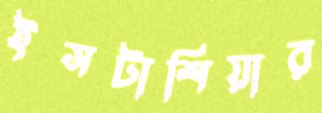
ইসটাশিয়ার